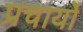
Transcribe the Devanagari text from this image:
प्रचार्यो